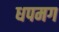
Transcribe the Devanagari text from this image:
धपमग